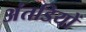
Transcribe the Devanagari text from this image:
अंतडियों